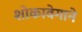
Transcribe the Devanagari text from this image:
शोकावेगाने